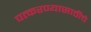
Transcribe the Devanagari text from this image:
पत्करण्यासाठीचे